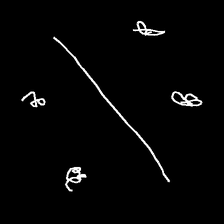
Glyph: cool